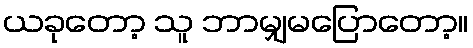
ယခုတော့ သူ ဘာမျှမပြောတော့။